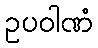
ဥပဝါဏံ